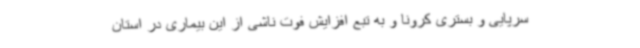
سرپایی و بستری کرونا و به تبع افزایش فوت ناشی از این بیماری در استان